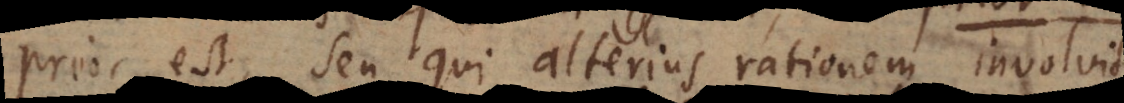
ior est, seu qui alterius rationem involvit,